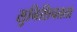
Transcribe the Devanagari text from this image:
सुनिशिचतता